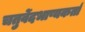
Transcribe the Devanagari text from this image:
चतुर्वेदभाष्यकर्ता